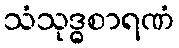
သံသုဒ္ဓစာရဏံ